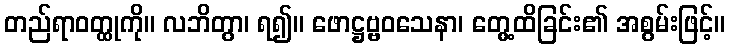
တည်ရာဝတ္ထုကို။ လဘိတွာ၊ ရ၍။ ဖောဋ္ဌဗ္ဗဝသေနာ၊ တွေ့ထိခြင်း၏ အစွမ်းဖြင့်။